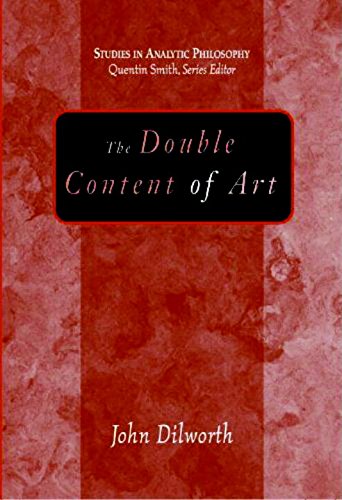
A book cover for The Double Content Of Art (Studies in Analytic Philosophy); John Dilworth; Politics & Social Sciences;